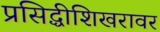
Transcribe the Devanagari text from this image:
प्रसिद्धीशिखरावर